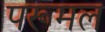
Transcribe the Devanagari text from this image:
परूमल